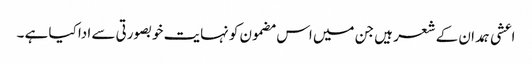
اعشی ہمدان کے شعر ہیں جن میں اس مضمون کو نہایت خوبصورتی سے ادا کیا ہے ۔